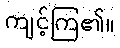
ကျင့်ကြ၏။